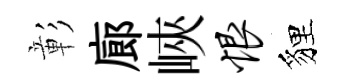
彰廊峽恨貍